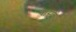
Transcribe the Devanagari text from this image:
चासचे